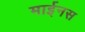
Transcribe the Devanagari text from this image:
माईनस